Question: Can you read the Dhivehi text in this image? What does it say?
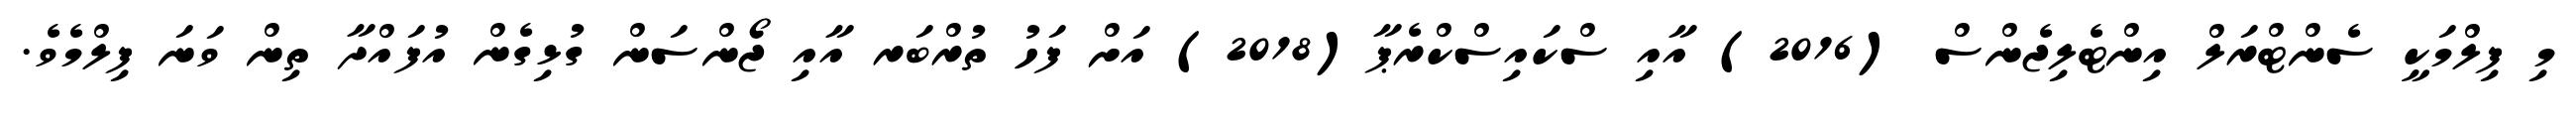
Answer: މި ފިލްމަކީ ސެންޓްރަލް އިންޓެލިޖެންސް (2016) އާއި ސްކައިސްކްރެޕާ(2018) އަށް ފަހު ތުރްބަރ އާއި ޖޯންސަން ގުޅިގެން އުފައްދާ ތިން ވަނަ ފިލްމެވެ.